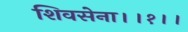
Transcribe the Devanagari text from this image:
शिवसेना।।१।।